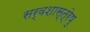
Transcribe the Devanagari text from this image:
सर्वशास्त्रेषु